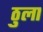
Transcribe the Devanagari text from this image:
ठुला